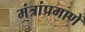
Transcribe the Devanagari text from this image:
मंत्रांप्रमाणे